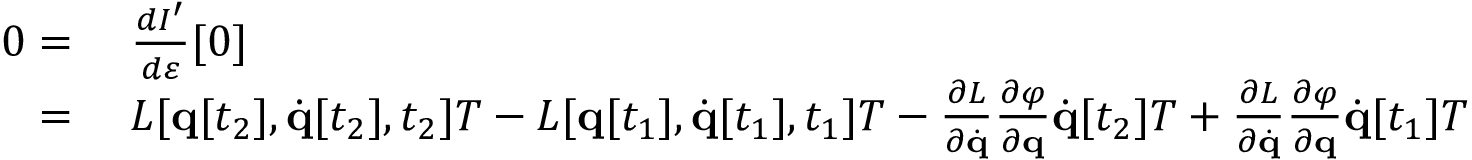
\begin{array} { r l } { 0 = { } } & { { } { \frac { d I ^ { \prime } } { d \varepsilon } } [ 0 ] } \\ { = { } } & { { } L [ \mathbf { q } [ t _ { 2 } ] , { \dot { \mathbf { q } } } [ t _ { 2 } ] , t _ { 2 } ] T - L [ \mathbf { q } [ t _ { 1 } ] , { \dot { \mathbf { q } } } [ t _ { 1 } ] , t _ { 1 } ] T - { \frac { \partial L } { \partial { \dot { \mathbf { q } } } } } { \frac { \partial \varphi } { \partial \mathbf { q } } } { \dot { \mathbf { q } } } [ t _ { 2 } ] T + { \frac { \partial L } { \partial { \dot { \mathbf { q } } } } } { \frac { \partial \varphi } { \partial \mathbf { q } } } { \dot { \mathbf { q } } } [ t _ { 1 } ] T } \end{array}